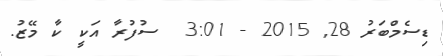
ޑިސެމްބަރު 28